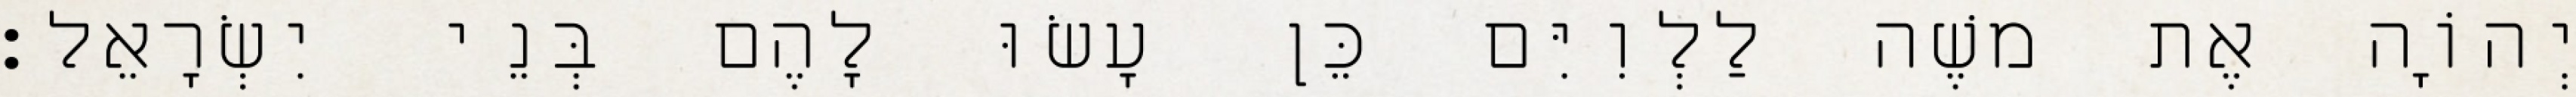
יְהוָֹה אֶת משֶׁה לַלְוִיִּם כֵּן עָשׂוּ לָהֶם בְּנֵי יִשְׂרָאֵל׃